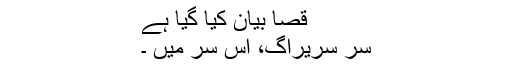
قصا بیان کیا گیا ہے
سر سریراگ، اس سر میں ۔